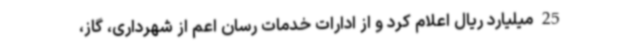
25 میلیارد ریال اعلام کرد و از ادارات خدمات رسان اعم از شهرداری، گاز،